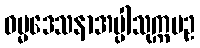
ဓမ္မဒေသနာအပ္ပါသုက္ကပဥ